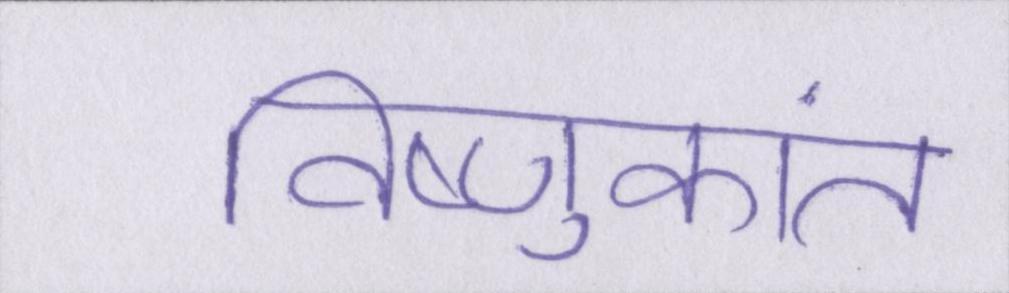
विष्णुकांत